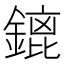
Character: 𨪡